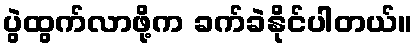
ပွဲထွက်လာဖို့က ခက်ခဲနိုင်ပါတယ်။